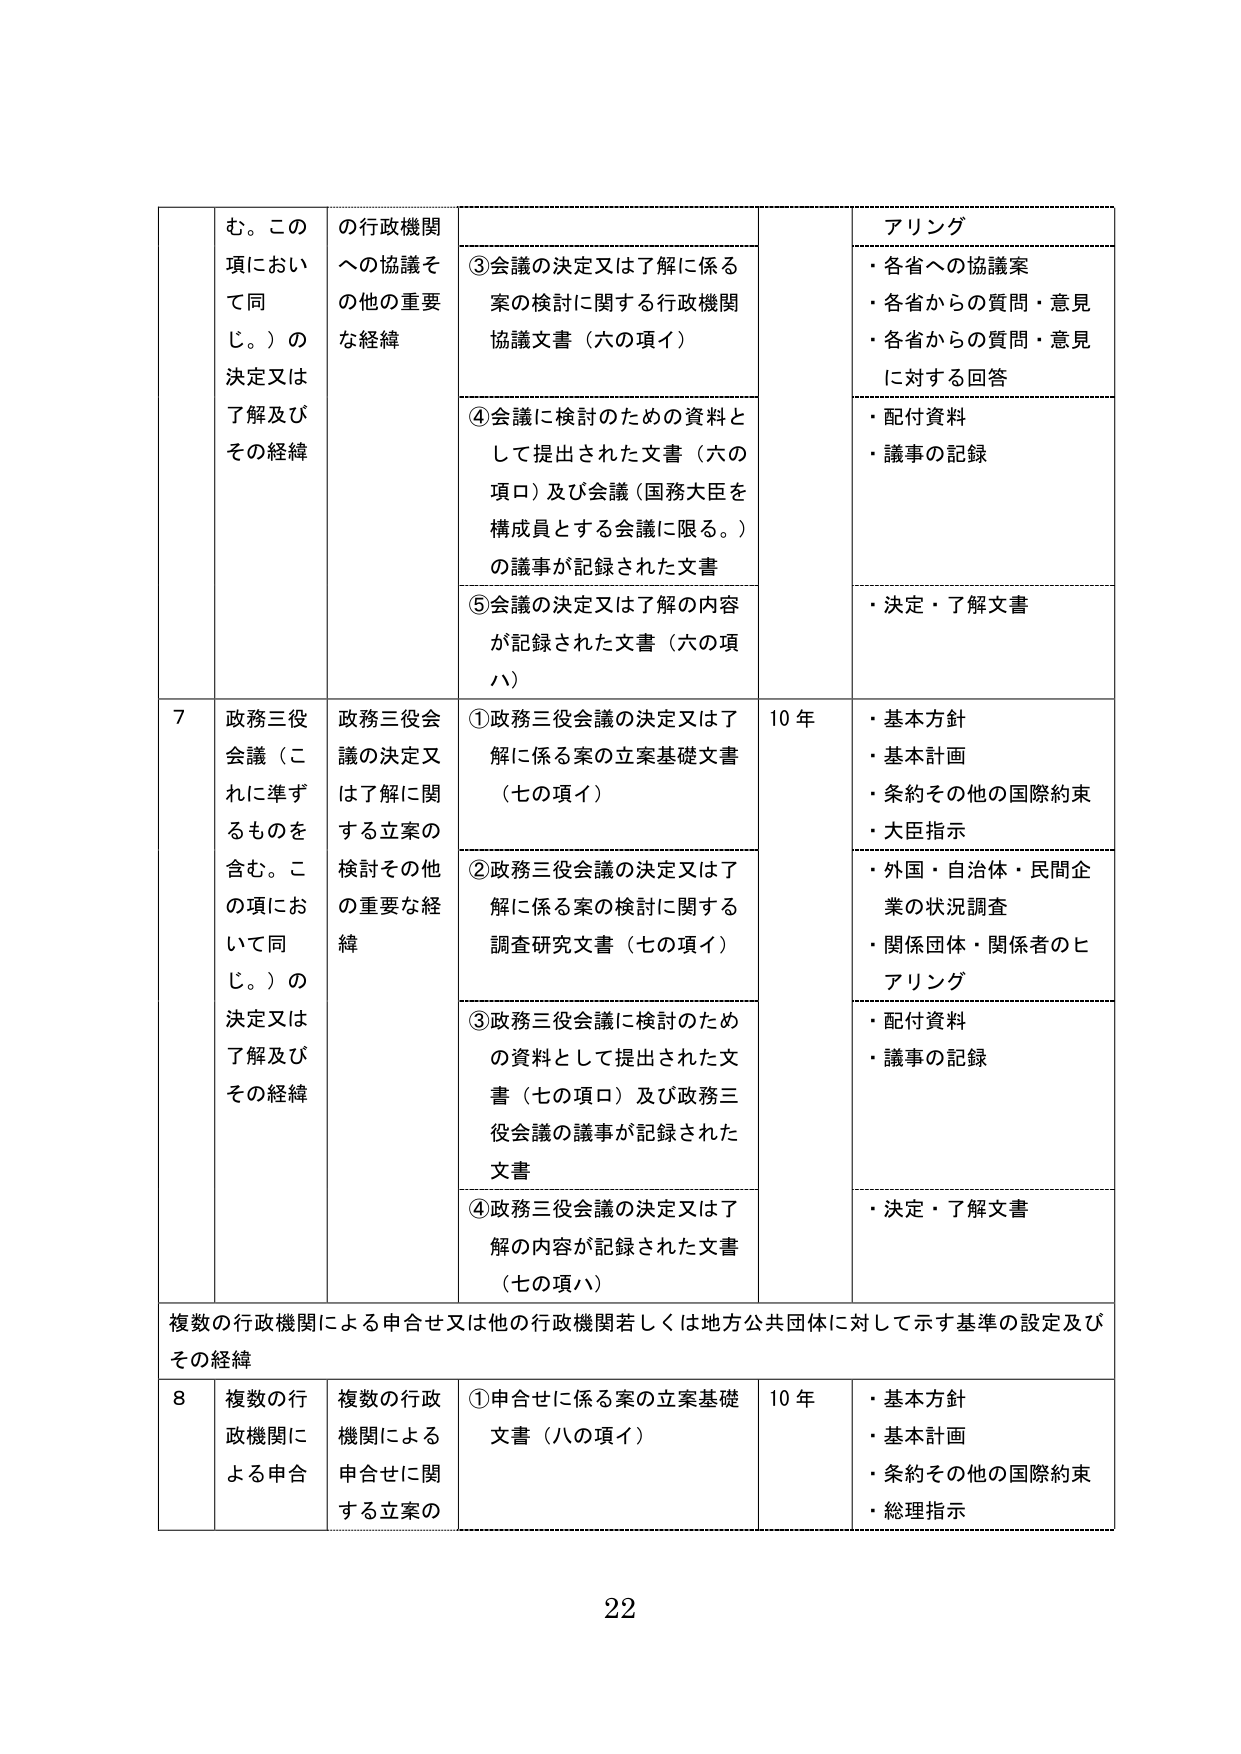
む。この
項において同
じ。）の
決定又は
了解及び
その経緯

の行政機関
への協議その他の重要
な経緯

③会議の決定又は了解に係る
案の検討に関する行政機関
協議文書（六の項イ）

アリング
・各省への協議案
・各省からの質問・意見
・各省からの質問・意見
に対する回答

④会議に検討のための資料と
して提出された文書（六の
項ロ）及び会議（国務大臣を
構成員とする会議に限る。）
の議事が記録された文書

・配付資料
・議事の記録

⑤会議の決定又は了解の内容
が記録された文書（六の項
ハ）

・決定・了解文書

7
政務三役
会議（これに準ずるものを
含む。この項において同じ。）の
決定又は
了解及び
その経緯

政務三役会
議の決定又は了解に関
する立案の
検討その他
の重要な経
緯

①政務三役会議の決定又は了解に係る案の立案基礎文書
（七の項イ）

10年
・基本方針
・基本計画
・条約その他の国際約束
・大臣指示

②政務三役会議の決定又は了解に係る案の検討に関する
調査研究文書（七の項イ）

・外国・自治体・民間企業の状況調査
・関係団体・関係者のヒアリング

③政務三役会議に検討のため
の資料として提出された文書（七の項ロ）及び政務三
役会議の議事が記録された
文書

・配付資料
・議事の記録

④政務三役会議の決定又は了解の内容が記録された文書
（七の項ハ）

・決定・了解文書

複数の行政機関による申合せ又は他の行政機関若しくは地方公共団体に対して示す基準の設定及び
その経緯

8
複数の行
政機関に
よる申合

複数の行政
機関による
申合せに関
する立案の

①申合せに係る案の立案基礎
文書（八の項イ）

10年
・基本方針
・基本計画
・条約その他の国際約束
・総理指示

22